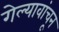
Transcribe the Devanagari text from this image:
गेल्यावांचून